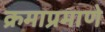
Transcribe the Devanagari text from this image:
क्रमाप्रमाणे